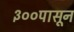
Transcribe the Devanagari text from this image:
३००पासून